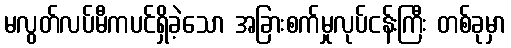
မလွတ်လပ်မီကပင်ရှိခဲ့သော အခြားစက်မှုလုပ်ငန်းကြီး တစ်ခုမှာ